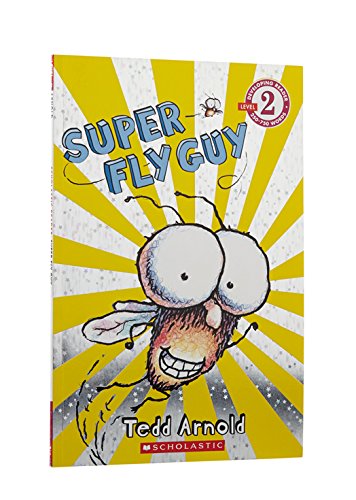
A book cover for Scholastic Reader Level 2: Super Fly Guy; Tedd Arnold; Children's Books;